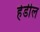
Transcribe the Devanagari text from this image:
हेडील